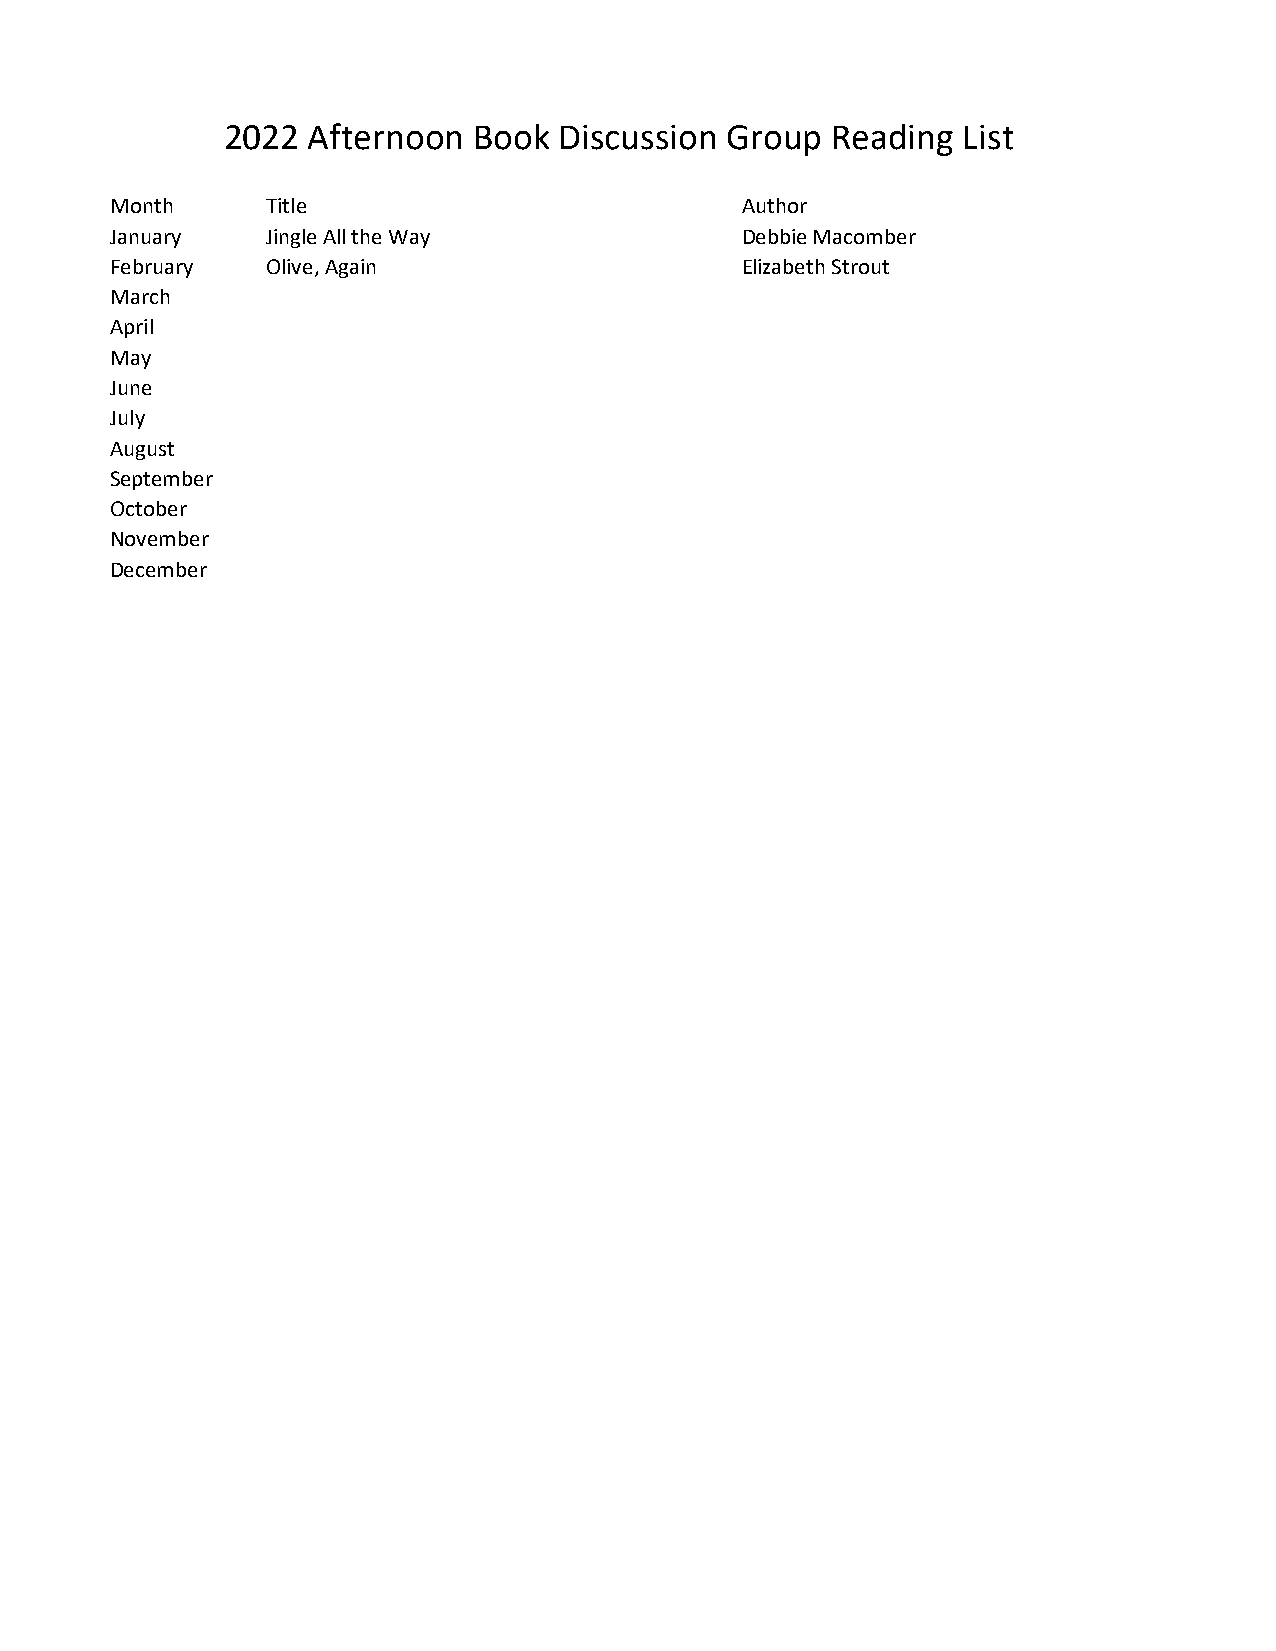
2022  Afternoon  Book  Discussion Group  Reading List
 Month     Title                           Author
 January   Jingle All the Way              Debbie Macomber
 February  Olive, Again                    Elizabeth Strout
 March
 April
 May
 June
 July
 August
 September
 October
 November
 December